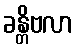
ခန္တိဗလာ